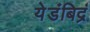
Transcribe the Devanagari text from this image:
येडंबिद्रं